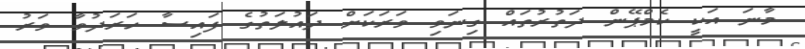
މާނަ އަކީ ކެމްޕޭން ދަތުރުތައް ގިނަވި ވަރަކަށް ދައުލަތުގެ ފައިސާ ހަރަދުވާ ވަރު